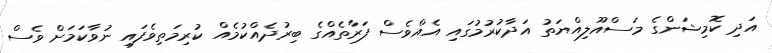
އަދި ކޮމިޝަންގެ މަސްއޫލިއްޔަތު އަދާކުރުމުގައި އެއްވެސް ފަރާތެއްގެ ބިރުދެއްކުމެއް ކުރިމަތިވެފައި ނުވާކަމަށް ވެސް